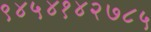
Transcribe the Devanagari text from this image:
९४५४१४२७८५